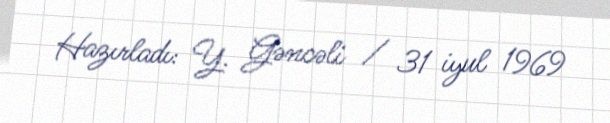
Hazırladı: Y. Gəncəli / 31 iyul 1969